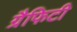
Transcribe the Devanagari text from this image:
ग्रैफिटी